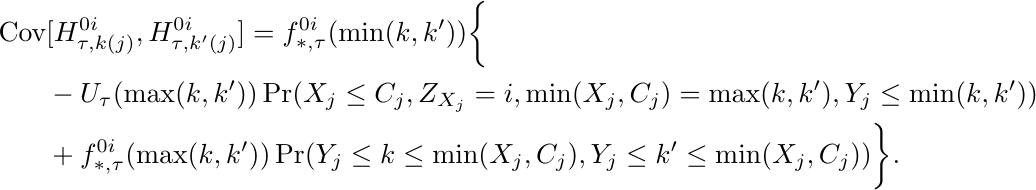
\begin{align*}
    \text{Cov}&[H^{0i}_{\tau,k(j)}, H^{0i}_{\tau,k'(j)}]
    =f^{0i}_{*,\tau}(\min(k,k')) \bigg{\{}\\
    &-U_{\tau}(\max(k,k'))
    \Pr(X_j \leq C_j, Z_{X_j} = i,
    \min(X_j, C_j) = \max(k,k'),
    Y_j \leq \min(k,k'))\\
    &+ f^{0i}_{*,\tau}(\max(k,k'))
    \Pr(Y_j \leq k \leq \min(X_j, C_j), Y_j \leq k' \leq \min(X_j,C_j))
    \bigg{ \} }.
\end{align*}